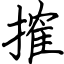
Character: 搉